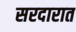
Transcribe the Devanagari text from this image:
सरदारात